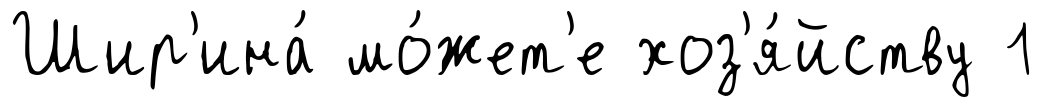
Шир'ина́ мо́жет'е хоз'я́йству 1